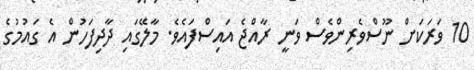
10 ވަރަކަށް ނޫސްވެރިންވެސް ވަނީ ރާއްޖެ އައިސްފައެވެ. މާލޭގައި ދާދިފަހުން އެ ގައުމުގެ